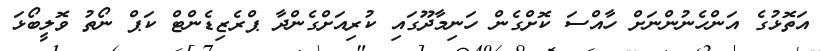
އަތޮޅުގެ އަންހެނުންނަށް ހާއްސަ ކޮށްގެން ހަނިމާދޫގައި ކުރިއަށްގެންދާ ޕްރެޒިޑެންޓް ކަޕް ނޯތު ވޮލީބޯޅަ